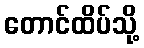
တောင်ထိပ်သို့